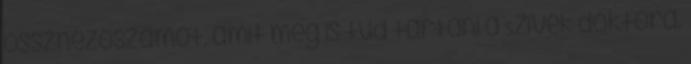
össznézőszámot, amit meg is tud tartani a Szívek doktora.